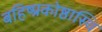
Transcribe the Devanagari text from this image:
बहिष्प्रकोष्ठास्थि